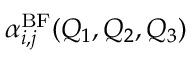
\alpha _ { i , j } ^ { \mathrm { B F } } ( Q _ { 1 } , Q _ { 2 } , Q _ { 3 } )